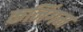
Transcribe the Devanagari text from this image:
कनिंगम